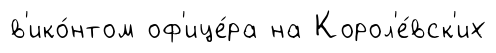
в'ико́нтом оф'ице́ра на Корол'е́вск'их